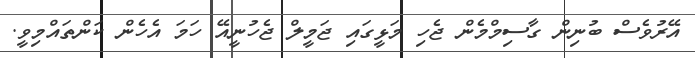
އޭރުވެސް ބުނިން ގާސިމްމެން ޖެހި މަޅީގައި ޖަމީލް ޖެހުުނީއޭ ހަމަ އެހެން ކަންތައްމިވީ.